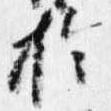
於